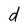
Character: d